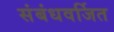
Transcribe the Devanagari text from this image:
संबंधवर्जित